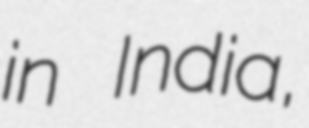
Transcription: in India,